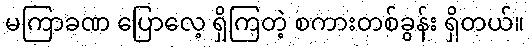
မကြာခဏ ပြောလေ့ ရှိကြတဲ့ စကားတစ်ခွန်း ရှိတယ်။